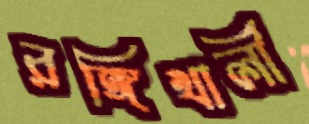
রঙ্গিখালী